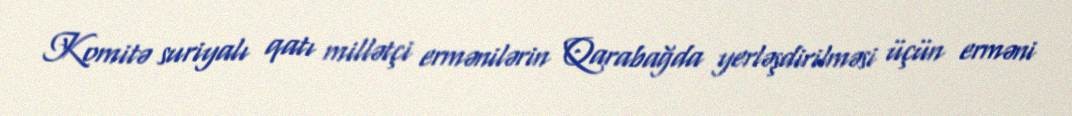
Komitə suriyalı qatı millətçi ermənilərin Qarabağda yerləşdirilməsi üçün erməni